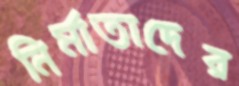
নির্মাতাদের